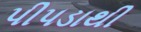
પીપડાથી